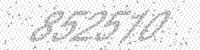
Solution: 852510